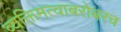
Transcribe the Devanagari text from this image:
व्यक्तिमत्वाबरोबरच